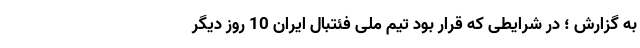
به گزارش ؛ در شرایطی که قرار بود تیم ملی فئتبال ایران 10 روز دیگر